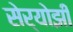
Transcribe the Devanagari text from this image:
सेर्योझी